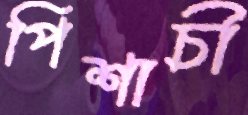
পিশাচী